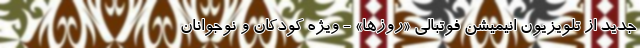
جدید از تلویزیون انیمیشن فوتبالی «روزها» - ویژه کودکان و نوجوانان